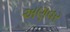
અણવર